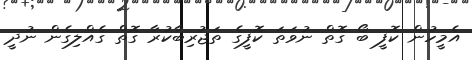
އެމީހުން ކޮފީ ބޯ ގޮތް ނުވަތަ ކޮފީގެ ތަޖުރިބާކުރާ ގޮތް ގެއްލިގެން ނުދީ